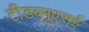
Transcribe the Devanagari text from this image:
टीडब्लूएसई